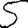
Digit: 5